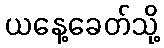
ယနေ့ခေတ်သို့